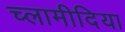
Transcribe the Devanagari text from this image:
च्‍लामीदिया